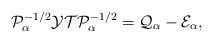
LaTeX: \begin{align*}\mathcal{P}_{\alpha}^{-{1}/{2}}\mathcal{Y}\mathcal{T}\mathcal{P}_{\alpha}^{-{1}/{2}} = \mathcal{ Q}_{\alpha} - \mathcal{E}_\alpha,\end{align*}